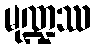
မုဏ္ဍဿ